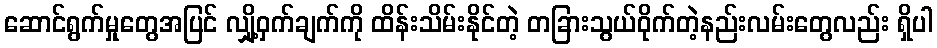
ဆောင်ရွက်မှုတွေအပြင် လျှို့ဝှက်ချက်ကို ထိန်းသိမ်းနိုင်တဲ့ တခြားသွယ်ဝိုက်တဲ့နည်းလမ်းတွေလည်း ရှိပါ